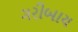
ગરીબાય